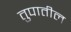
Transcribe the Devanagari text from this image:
तुपातील